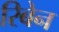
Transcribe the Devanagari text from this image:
रिबेन